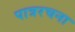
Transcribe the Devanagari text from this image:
पात्ररचना